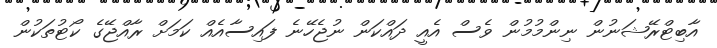
އާބިޓްރޭޝަނުން ނިންމުމުން ވެސް އެއީ ދައްކަން ނުޖެހޭނެ ފައިސާއެއް ކަމަށް ރާއްޖޭގެ ކޯޓުތަކުން